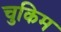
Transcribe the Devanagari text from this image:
चुकिम